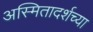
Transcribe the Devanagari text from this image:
अस्मितादर्शच्या